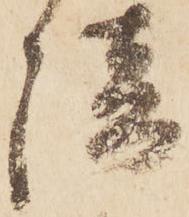
談